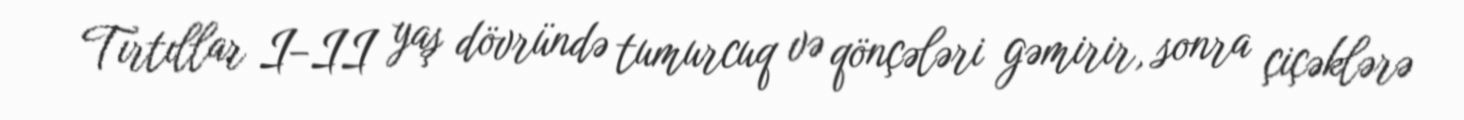
Tırtıllar I–II yaş dövründə tumurcuq və qönçələri gəmirir, sonra çiçəklərə